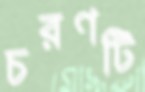
চরণটি